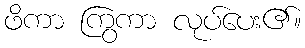
ဖိကာ ကြွကာ လုပ်ပေး၏။